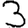
Digit: 3